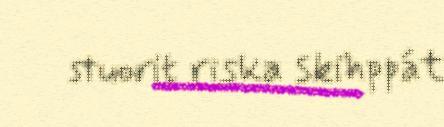
stuorit riska skihppát